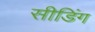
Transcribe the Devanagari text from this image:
सीडिंग